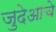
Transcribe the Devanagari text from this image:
जुदेआचे